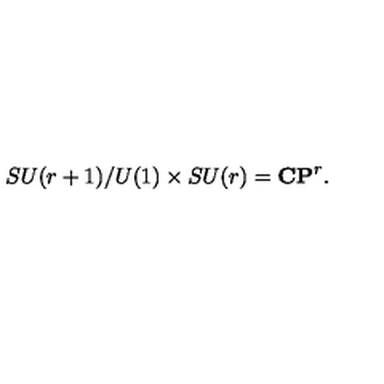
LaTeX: S U ( r + 1 ) / U ( 1 ) \times S U ( r ) = \mathbf { C P } ^ { r } .